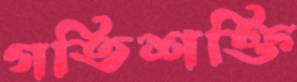
গতিশক্তি